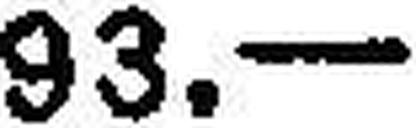
93.—